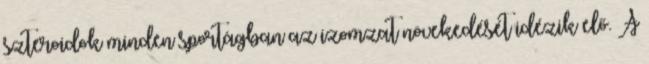
szteroidok minden sportágban az izomzat növekedését idézik elő. A